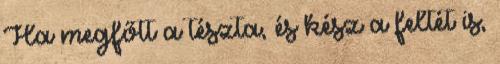
Ha megfőtt a tészta, és kész a feltét is,